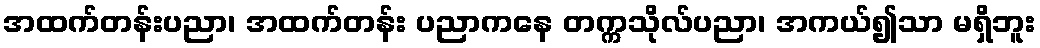
အထက်တန်းပညာ၊ အထက်တန်း ပညာကနေ တက္ကသိုလ်ပညာ၊ အကယ်၍သာ မရှိဘူး